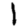
Digit: 1